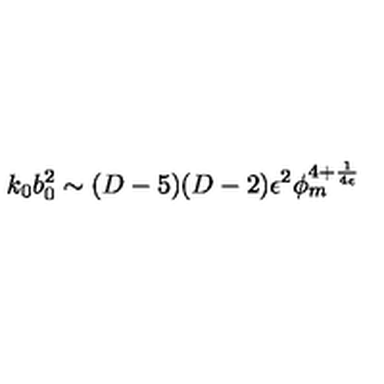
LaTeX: k _ { 0 } b _ { 0 } ^ { 2 } \sim ( D - 5 ) ( D - 2 ) \epsilon ^ { 2 } \phi _ { m } ^ { 4 + { \frac { 1 } { 4 \epsilon } } }